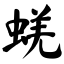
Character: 蜣